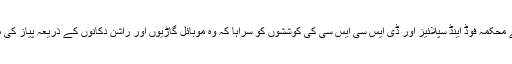
میٹنگ میں وزیر موصوف نے محکمہ فوڈ اینڈ سپلائیز اور ڈی ایس سی ایس سی کی کوششوں کو سراہا کہ وہ موبائل گاڑیوں اور راشن دکانوں کے ذریعہ پیاز کی مناسب فراہمی کو یقینی بنائیں۔